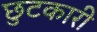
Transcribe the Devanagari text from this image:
छुटकारी